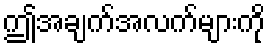
ဤအချက်အလက်များကို